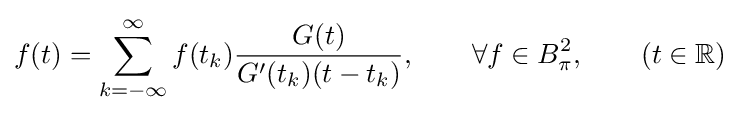
f(t)=\sum _{k=-\infty }^{\infty }f(t_{k}){\frac {G(t)}{G'(t_{k})(t-t_{k})}},\qquad \forall {}f\in B_{\pi }^{2},\qquad (t\in \mathbb {R} )